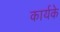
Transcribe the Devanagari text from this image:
कार्यके